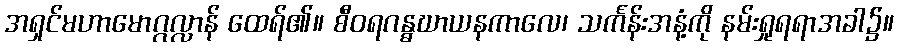
အရှင်မဟာမောဂ္ဂလ္လာန် ထေရ်၏။ စီဝရဂန္ဓဃာယနကာလေ၊ သင်္ကန်းအနံ့ကို နမ်းရှုရရာအခါ၌။